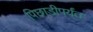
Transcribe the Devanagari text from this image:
पिछाडीपर्यंत